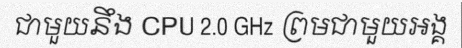
ជាមួយនឹង CPU 2.0 GHz ព្រមជាមួយអង្គ